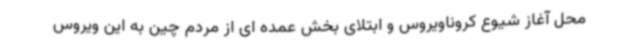
محل آغاز شیوع کروناویروس و ابتلای بخش عمده ای از مردم چین به این ویروس